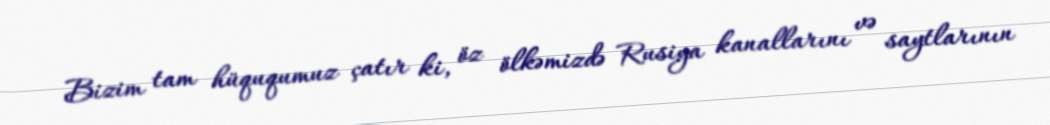
Bizim tam hüququmuz çatır ki, öz ölkəmizdə Rusiya kanallarını və saytlarının